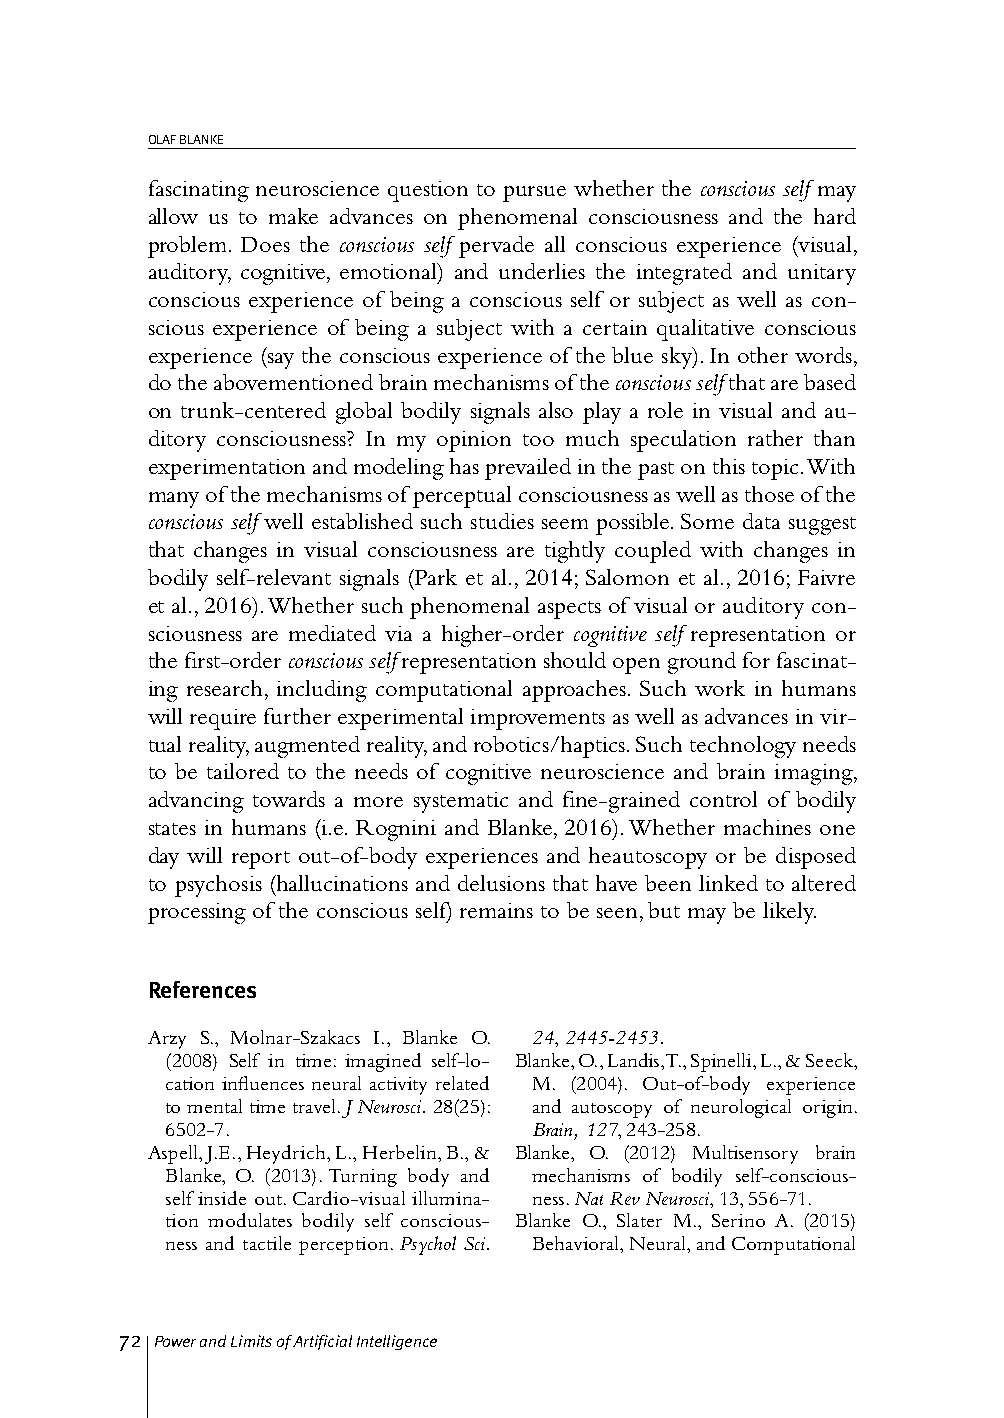
OLAF BLANKE
 fascinating neuroscience question to pursue whether the conscious self may
 allow us to make advances on phenomenal consciousness and the hard
 problem. Does the conscious self pervade all conscious experience (visual,
 auditory, cognitive, emotional) and underlies the integrated and unitary
 conscious experience of being a conscious self or subject as well as con-
 scious experience of being a subject with a certain qualitative conscious
 experience (say the conscious experience of the blue sky). In other words,
 do the abovementioned brain mechanisms of the conscious self that are based
 on trunk-centered global bodily signals also play a role in visual and au-
 ditory consciousness? In my opinion too much speculation rather than
 experimentation and modeling has prevailed in the past on this topic. With
 many of the mechanisms of perceptual consciousness as well as those of the
 conscious self well established such studies seem possible. Some data suggest
 that changes in visual consciousness are tightly coupled with changes in
 bodily self-relevant signals (Park et al., 2014; Salomon et al., 2016; Faivre
 et al., 2016). Whether such phenomenal aspects of visual or auditory con-
 sciousness are mediated via a higher-order cognitive self representation or
 the first-order conscious self representation should open ground for fascinat-
 ing research, including computational approaches. Such work in humans
 will require further experimental improvements as well as advances in vir-
 tual reality, augmented reality, and robotics/haptics. Such technology needs
 to be tailored to the needs of cognitive neuroscience and brain imaging,
 advancing towards a more systematic and fine-grained control of bodily
 states in humans (i.e. Rognini and Blanke, 2016). Whether machines one
 day will report out-of-body experiences and heautoscopy or be disposed
 to psychosis (hallucinations and delusions that have been linked to altered
 processing of the conscious self) remains to be seen, but may be likely.
 References
 Arzy S., Molnar-Szakacs I., Blanke O. 24, 2445-2453.
 (2008) Self in time: imagined self-lo- Blanke, O., Landis, T., Spinelli, L., & Seeck,
 cation influences neural activity related M. (2004). Out-of-body experience
 to mental time travel. J Neurosci. 28(25): and autoscopy of neurological origin.
 6502-7.                 Brain, 127, 243-258.
 Aspell, J.E., Heydrich, L., Herbelin, B., & Blanke, O. (2012) Multisensory brain
 Blanke, O. (2013). Turning body and mechanisms of bodily self-conscious-
 self inside out. Cardio-visual illumina- ness. Nat Rev Neurosci, 13, 556-71.
 tion modulates bodily self conscious- Blanke O., Slater M., Serino A. (2015)
 ness and tactile perception. Psychol Sci. Behavioral, Neural, and Computational
 72 Power and Limits of Artificial Intelligence